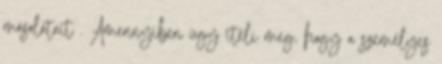
másolatait . Amennyiben úgy ítéli meg, hogy a személyes